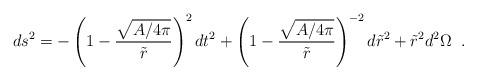
LaTeX: \begin{align*}ds^2 =- \left (1- {\sqrt {A / 4 \pi }\over \tilde r}\right)^{2} dt^2 + \left (1- {\sqrt {A / 4 \pi }\over \tilde r}\right)^{-2} d\tilde r^2 + \tilde r^2 d^2 \Omega \;\;.\end{align*}